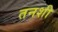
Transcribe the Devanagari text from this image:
तनशी